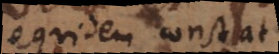
equidem constat